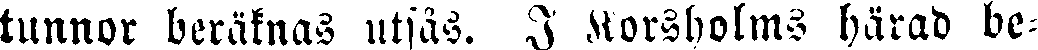
tunnor beräknas utsås. I Korsholms härad be-